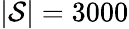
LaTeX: \vert{\cal S}\vert=3000